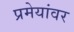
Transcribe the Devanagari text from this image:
प्रमेयांवर